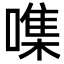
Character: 㗱